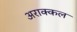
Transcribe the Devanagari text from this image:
अराक्कल